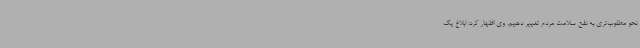
نحو مطلوب‌تری به نفع سلامت مردم تغییر دهیم. وی اظهار کرد: ابلاغ یک